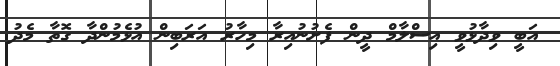
އަބީ ވިދާޅުވީ އިސްލާމް ދީން ފެށުނުއިރާ މިހާރު އަރަބިން އުޅެމުންދާ ގޮތާ މެދު